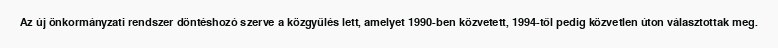
Az új önkormányzati rendszer döntéshozó szerve a közgyűlés lett, amelyet 1990-ben közvetett, 1994-től pedig közvetlen úton választottak meg.